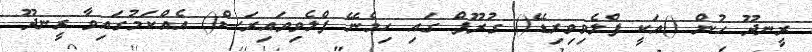
ރީނދޫ ހުން ()އަކީ ފްލެވިވިރިޑޭ() ގުރޫޕް ގައި ހިމެނޭ ފްލެވިވައިރަސް() އެއްކަމުގައިވާ ރީނދޫ